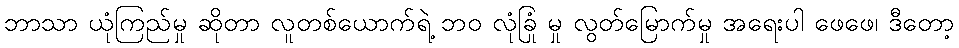
ဘာသာ ယုံကြည်မှု ဆိုတာ လူတစ်ယောက်ရဲ့ ဘဝ လုံခြုံ မှု လွတ်မြောက်မှု အရေးပါ ဖေဖေ၊ ဒီတော့